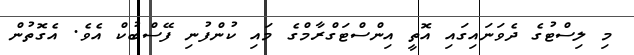
މި ލިސްޓުގެ ދެވަނައިގައި އޮތީ އިންސްޓަގްރާމްގެ މައި ކުންފުނި ފޭސްބުކް އެވެ. އެގޮތުން